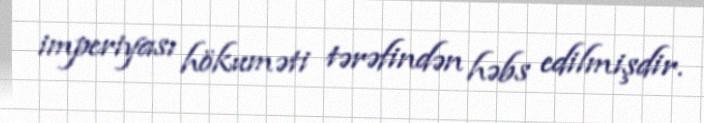
imperiyası hökuməti tərəfindən həbs edilmişdir.